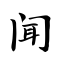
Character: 闻